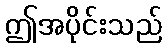
ဤအပိုင်းသည်